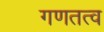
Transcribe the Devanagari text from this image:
गणतत्व